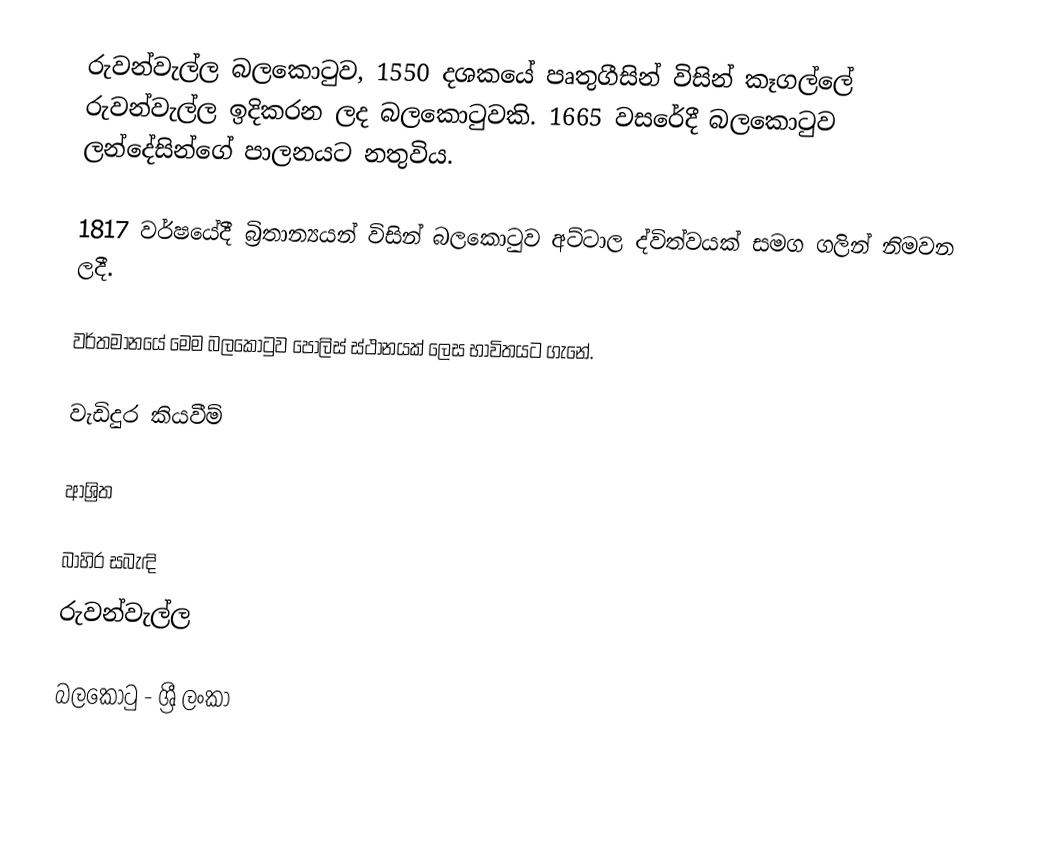
රුවන්වැල්ල බලකොටුව, 1550 දශකයේ පෘතුගීසින් විසින් කෑගල්ලේ රුවන්වැල්ල ඉදිකරන ලද බලකොටුවකි. 1665 වසරේදී බලකොටුව ලන්දේසින්ගේ පාලනයට නතුවිය.

1817 වර්ෂයේදී බ්‍රිතාන්‍යයන් විසින් බලකොටුව අට්ටාල ද්විත්වයක් සමග ගලින් නිමවන ලදී.

වර්තමානයේ මෙම බලකොටුව පොලිස් ස්ථානයක් ලෙස භාවිතයට ගැනේ.

වැඩිදුර කියවීම්

ආශ්‍රිත

බාහිර සබැඳි
 රුවන්වැල්ල

බලකොටු - ශ්‍රී ලංකා